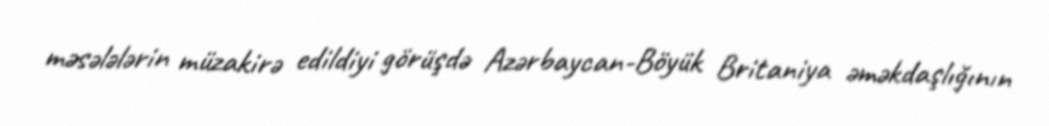
məsələlərin müzakirə edildiyi görüşdə Azərbaycan-Böyük Britaniya əməkdaşlığının